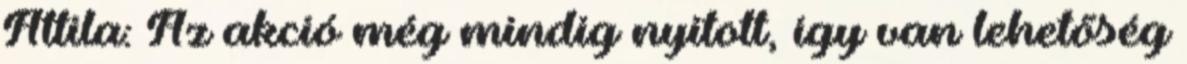
Attila: Az akció még mindig nyitott, így van lehetőség